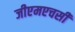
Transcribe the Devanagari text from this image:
जीएमएचसी